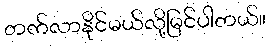
တက်လာနိုင်မယ်လို့မြင်ပါတယ်။